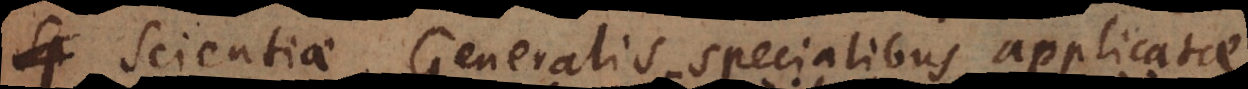
Scientiae Generalis specialibus applicatae,